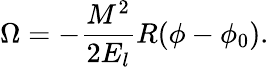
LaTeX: \Omega=-{\frac{M^{2}}{2E_{l}}}R(\phi-\phi_{0}).